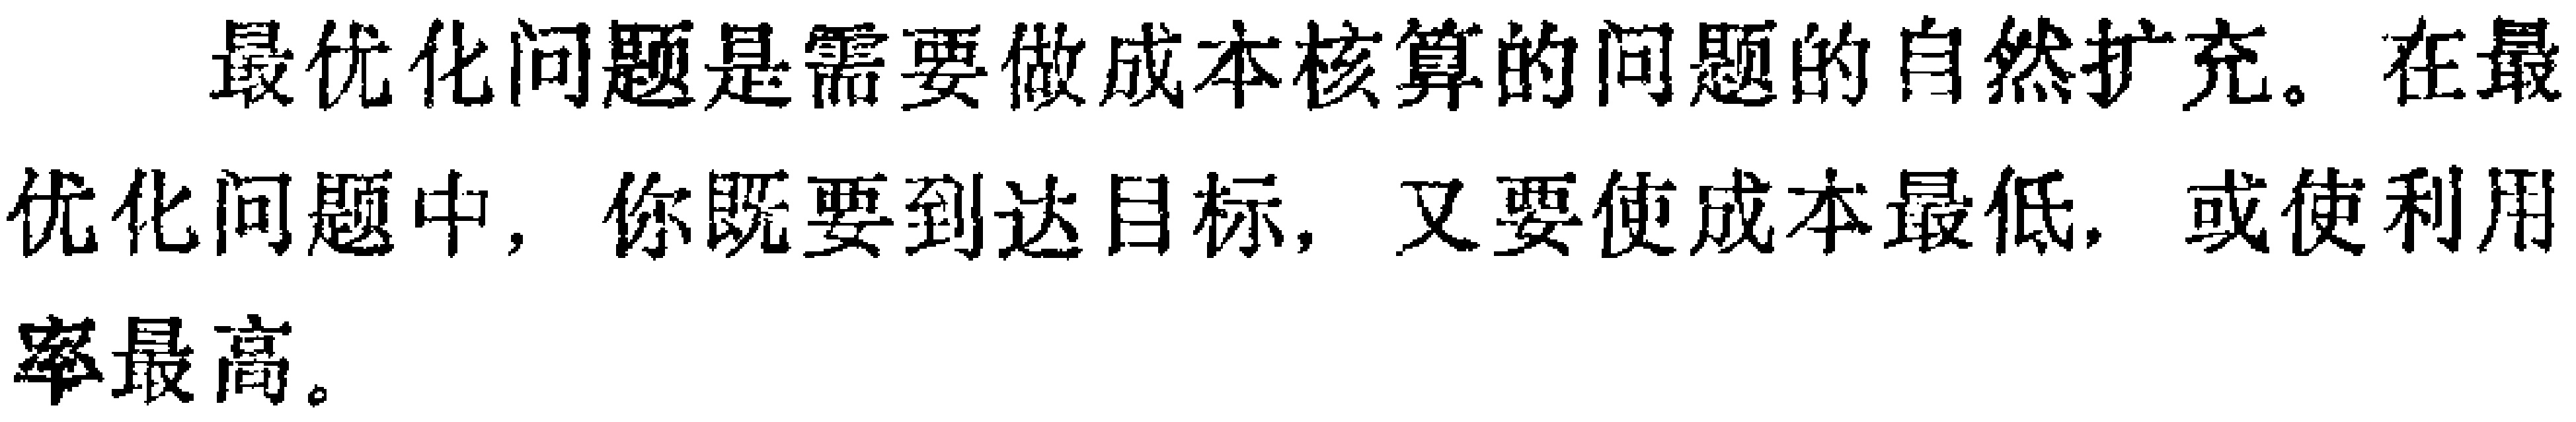
最优化问题是需要做成本核算的问题的自然扩充。在最优化问题中，你既要到达目标，又要使成本最低，或使利用率最高。